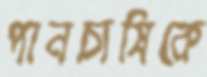
পানচাষিকে